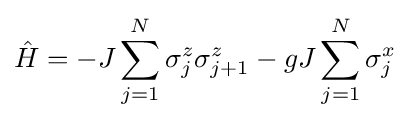
{\hat {H}}=-J\sum _{j=1}^{N}\sigma _{j}^{z}\sigma _{j+1}^{z}-gJ\sum _{j=1}^{N}\sigma _{j}^{x}